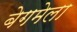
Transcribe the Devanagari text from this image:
बेगमेला